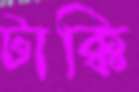
টাক্কি